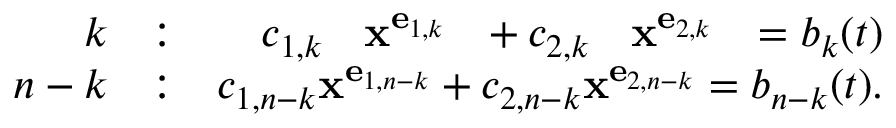
\begin{array} { r l r } { k } & { : } & { c _ { 1 , k \hphantom { - k } } { \bf x } ^ { { \bf e } _ { 1 , k \hphantom { - k } } } + c _ { 2 , k \hphantom { - k } } { \bf x } ^ { { \bf e } _ { 2 , k \hphantom { - k } } } = b _ { k } ( t ) } \\ { n - k } & { : } & { c _ { 1 , n - k } { \bf x } ^ { { \bf e } _ { 1 , n - k } } + c _ { 2 , n - k } { \bf x } ^ { { \bf e } _ { 2 , n - k } } = b _ { n - k } ( t ) . } \end{array}